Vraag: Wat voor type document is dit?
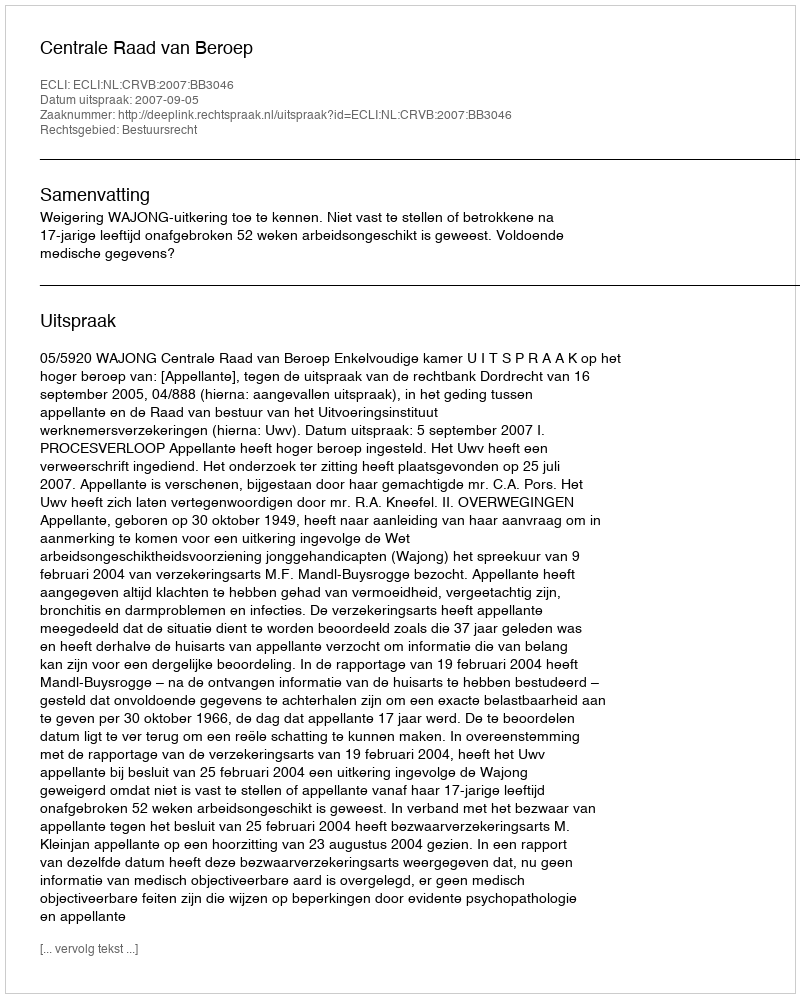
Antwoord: Uitspraak